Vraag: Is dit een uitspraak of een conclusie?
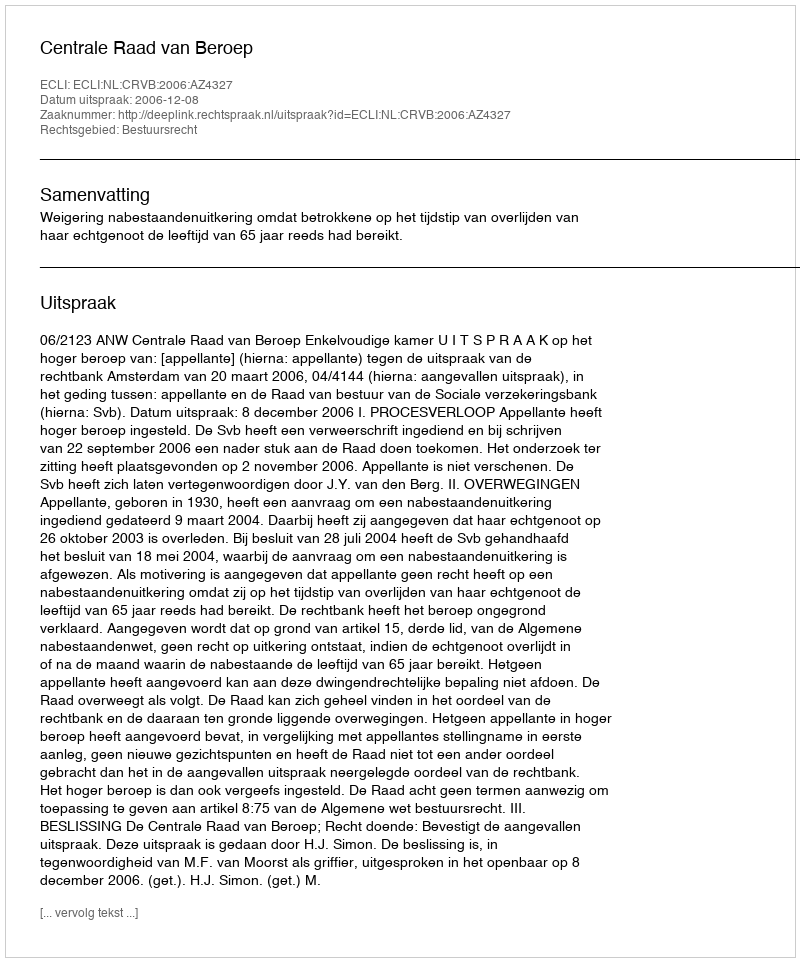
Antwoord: Uitspraak